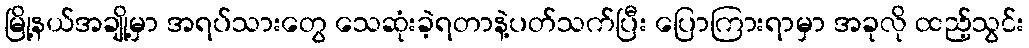
မြို့နယ်အချို့မှာ အရပ်သားတွေ သေဆုံးခဲ့ရတာနဲ့ပတ်သက်ပြီး ပြောကြားရာမှာ အခုလို ထည့်သွင်း